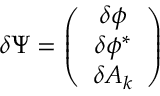
\delta \Psi = \left( \begin{array} { c } { { \delta \phi } } \\ { { \delta \phi ^ { \ast } } } \\ { { \delta A _ { k } } } \end{array} \right)